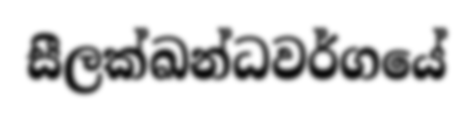
සීලක්ඛන්ධවර්ගයේ